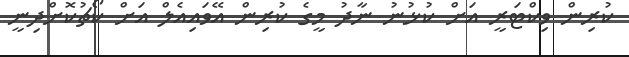
ކުރިން ވިކްޓަރީ އަށް ކުޅުނު ނާދު މީގެ ކުރިން އޭވައިއެލް އަށް ކޯޗުކޮށްދިނީ